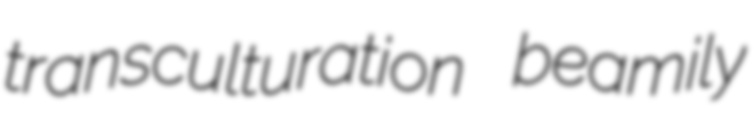
transculturation beamily